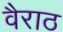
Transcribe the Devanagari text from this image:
वैराठ